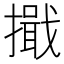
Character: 擑